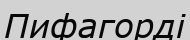
Пифагорді